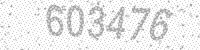
Solution: 603476